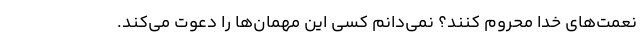
نعمت‌های خدا محروم کنند؟ نمی‌دانم کسی این مهمان‌ها را دعوت می‌کند.